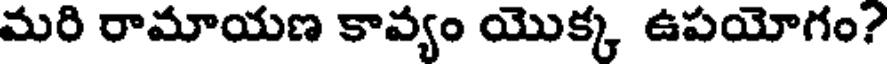
మరి రామాయణ కావ్యం యొక్క ఉపయోగం?